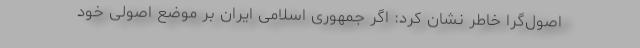
اصول‌گرا خاطر نشان کرد: اگر جمهوری اسلامی ایران بر موضع اصولی خود